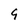
Character: 9